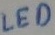
Text: LED